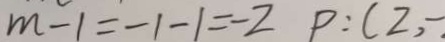
m - 1 = - 1 - 1 = - 2 P : ( 2 , -